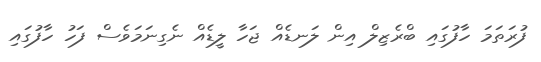
ފުރަތަމަ ހާފުގައި ބްރެޒިލް އިން ލަނޑެއް ޖަހާ ލީޑެއް ނެގިނަމަވެސް ފަހު ހާފުގައި